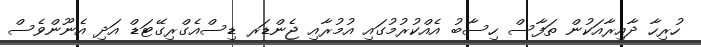
ހުރިހާ ދާއިރާއަކުން ތަފާސް ހިސާބު އެއްކުރުމުގައި އުމުރާއި ޖެންޑަރ ޑިސްއެގްރިގޭޓަޑް އަދި އެނޫންވެސް